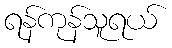
ရန်ကုန်သူရယ်